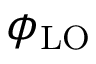
\phi _ { \mathrm { L O } }